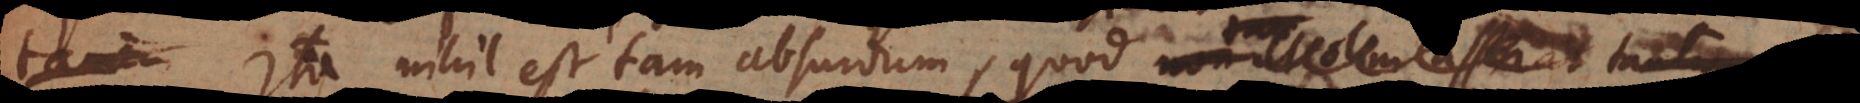
tamen Ita nihil est tam absurdum, quod